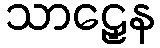
သာဠှေန